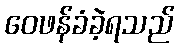
ဝေဖန်ခံခဲ့ရသည်